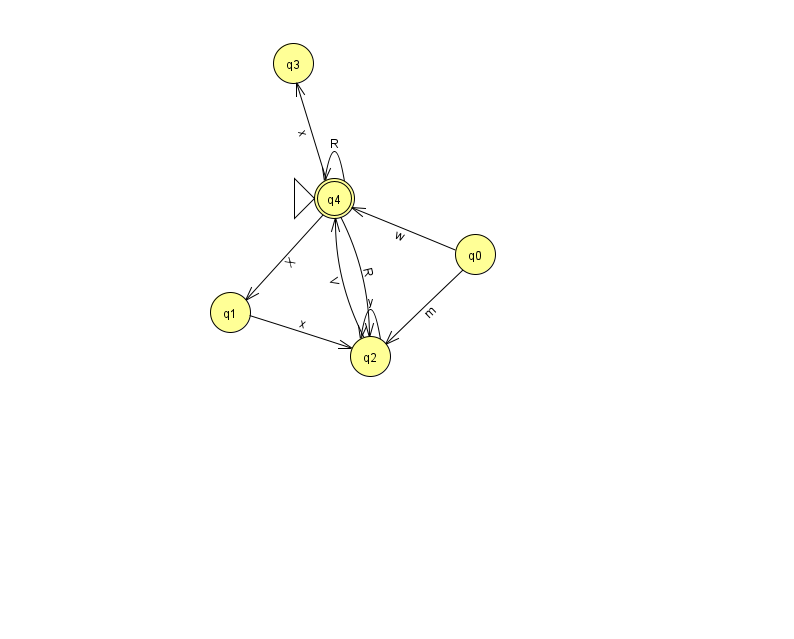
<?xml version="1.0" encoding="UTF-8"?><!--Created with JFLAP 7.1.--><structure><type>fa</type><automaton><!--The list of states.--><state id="0" name="q0"><x>475.0</x><y>241.0</y></state><state id="1" name="q1"><x>230.0</x><y>299.0</y></state><state id="2" name="q2"><x>370.0</x><y>343.0</y></state><state id="3" name="q3"><x>293.0</x><y>50.0</y></state><state id="4" name="q4"><x>334.0</x><y>185.0</y><initial/><final/></state><!--The list of transitions.--><transition><from>0</from><to>4</to><read>w</read></transition><transition><from>4</from><to>4</to><read>R</read></transition><transition><from>4</from><to>3</to><read>x</read></transition><transition><from>0</from><to>2</to><read>m</read></transition><transition><from>4</from><to>1</to><read>X</read></transition><transition><from>2</from><to>2</to><read>y</read></transition><transition><from>2</from><to>4</to><read>V</read></transition><transition><from>1</from><to>2</to><read>x</read></transition><transition><from>4</from><to>2</to><read>R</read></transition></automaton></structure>